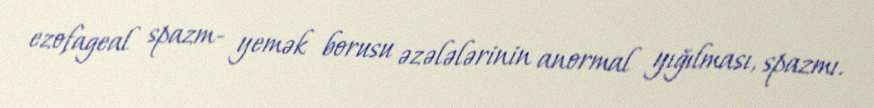
ezofageal spazm- yemək borusu əzələlərinin anormal yığılması, spazmı.